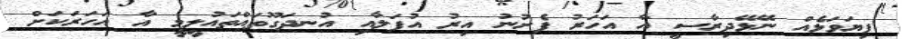
ފިޔަވަޅެއް ނޭޅޭދިރާސީ އާ އަހަރު ފެށުނު އިރު އުފަލާއި އުނދަގޫތައްތައުލީމީ އާ އަހަރަކަށް